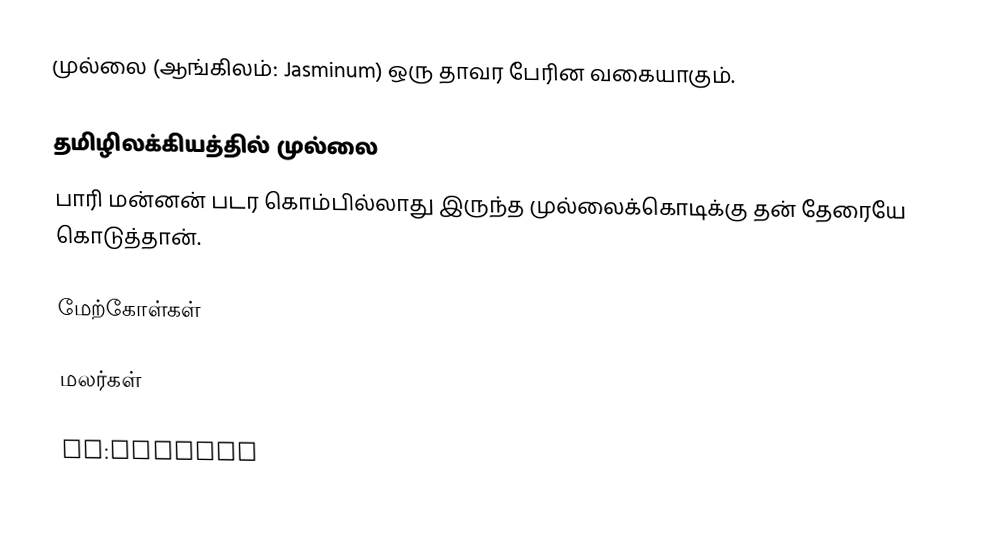
முல்லை (ஆங்கிலம்: Jasminum) ஒரு தாவர பேரின வகையாகும்.

தமிழிலக்கியத்தில்  முல்லை
 பாரி மன்னன் படர கொம்பில்லாது இருந்த முல்லைக்கொடிக்கு தன் தேரையே கொடுத்தான்.

மேற்கோள்கள்

மலர்கள்

en:Jasmine